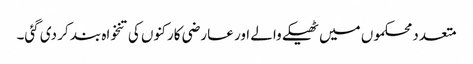
متعدد محکموں میں ٹھیکے والے اور عارضی کارکنوں کی تنخواہ بند کر دی گئی۔